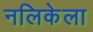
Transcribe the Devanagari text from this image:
नलिकेला